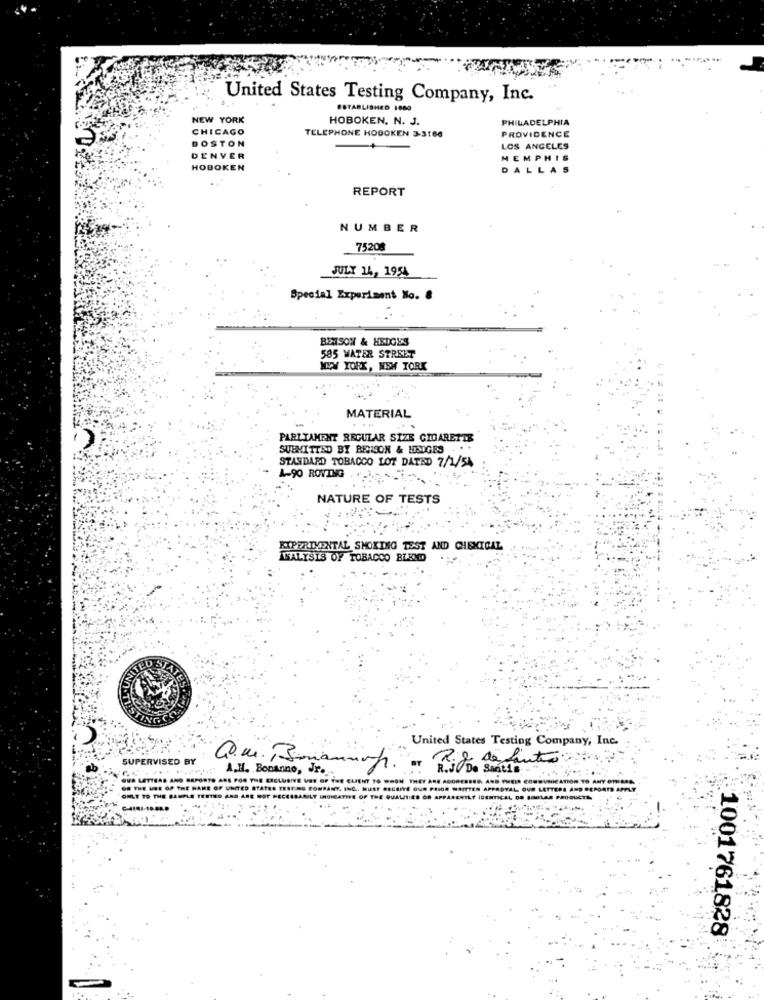
United States Testing Company, Inc.
ESTABLISHED 1080
NEW YORK
HOBOKEN, N. J.
PHILADELPHIA
CHICAGO
TELEPHONE HOBOKEN 3-3166
BOSTON
PROVIDENCE
LOS ANGELES
DENVER
MEMPHIS
HOBOKEN
DALLAS
REPORT
NUMBER
75208
JULY 14, 1954
Special Experiment No. 8
BETSON & HEDGES
585 WATER STREET
NEW YORK, NEW TORK
MATERIAL
....
PARLIAMENT REGULAR SIZE CIGARETTE
SUBMITTED BY BENSON & HEDGES . . .
STANDARD TOBACCO LOT DATED 7/2/54
A-90 ROVING ...
NATURE OF TESTS
EXPERIMENTAL SMOKING TEST AND CHEMICAL
NALYSIS OF TOBACCO BLEND
United States Testing Company, Inc.
SUPERVISED BY
A.J. Bonanno, Jr.
de Santo
QUE LETTERS AND REPORTS ARE FOR THE EXCLUSIVE VRE OF THE CLIENT TO WSON THEY ARE ADO .......
OF THE USE OF THE NAME OF UNITED STATES ERST RG COMPANY, INC ., HUST RECEIVE OUR PRIOR WRITTEN
AL OUR LETTERS AND REPORTS APPLY
ONLY TO THE SAMPLE TESTED AND ARE NOT NECESSARILY IHOIGATIVE OF THE QUALITIES OR APPARENTLY ID
08 SPELAR PRODUCTS
---
1001761828